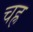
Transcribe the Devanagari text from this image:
चह्र